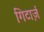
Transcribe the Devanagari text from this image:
गिटार्ज़